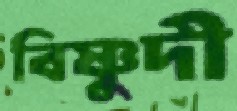
বিষ্ণুদী